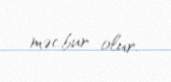
məcbur olur.